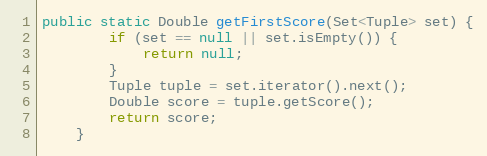
Language: Java
public static Double getFirstScore(Set<Tuple> set) {
		if (set == null || set.isEmpty()) {
			return null;
		}
		Tuple tuple = set.iterator().next();
		Double score = tuple.getScore();
		return score;
	}